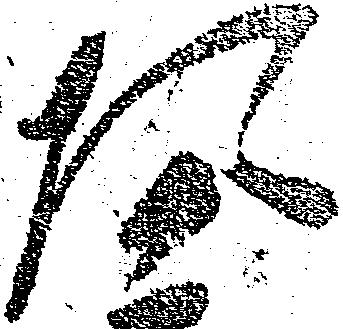
た